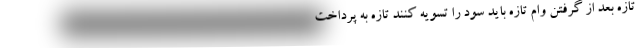
تازه بعد از گرفتن وام تازه باید سود را تسویه کنند تازه به پرداخت